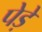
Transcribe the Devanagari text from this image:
पेड़े